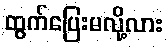
ထွက်ပြေးမလို့လား